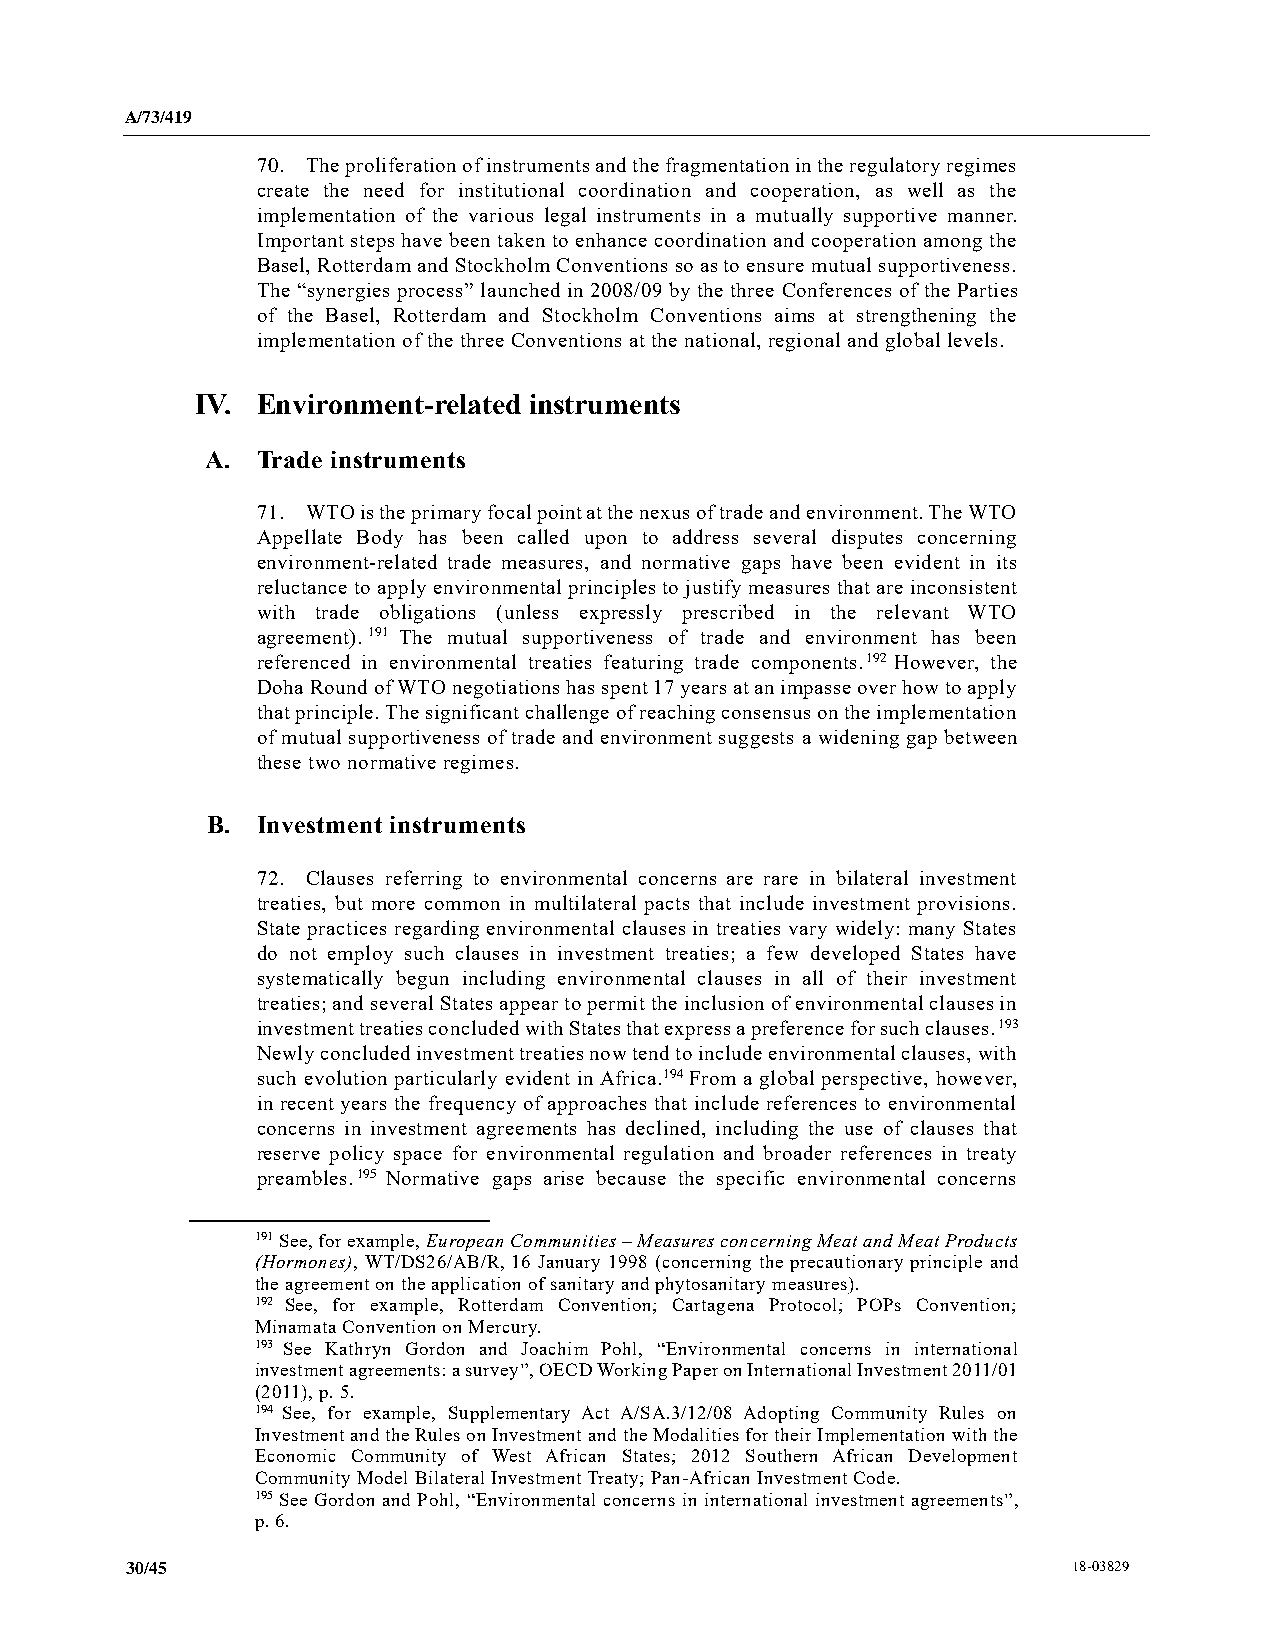
A/73/419
 70. The proliferation of instruments and the fragmentation in the regulatory regimes
 create the need for institutional coordination and cooperation, as well as the
 implementation of the various legal instruments in a mutually supportive manner.
 Important steps have been taken to enhance coordination and cooperation among the
 Basel, Rotterdam and Stockholm Conventions so as to ensure mutual supportiveness.
 The “synergies process” launched in 2008/09 by the three Conferences of the Parties
 of the Basel, Rotterdam and Stockholm Conventions aims at strengthening the
 implementation of the three Conventions at the national, regional and global levels.
 IV. Environment-related instruments
 A. Trade instruments
 71. WTO is the primary focal point at the nexus of trade and environment. The WTO
 Appellate Body has been called upon to address several disputes concerning
 environment-related trade measures, and normative gaps have been evident in its
 reluctance to apply environmental principles to justify measures that are inconsistent
 with trade obligations (unless expressly prescribed in the relevant WTO
 agreement).191 The mutual supportiveness of trade and environment has been
 referenced in environmental treaties featuring trade components.192 However, the
 Doha Round of WTO negotiations has spent 17 years at an impasse over how to apply
 that principle. The significant challenge of reaching consensus on the implementation
 of mutual supportiveness of trade and environment suggests a widening gap between
 these two normative regimes.
 B. Investment instruments
 72. Clauses referring to environmental concerns are rare in bilateral investment
 treaties, but more common in multilateral pacts that include investment provisions.
 State practices regarding environmental clauses in treaties vary widely: many States
 do not employ such clauses in investment treaties; a few developed States have
 systematically begun including environmental clauses in all of their investment
 treaties; and several States appear to permit the inclusion of environmental clauses in
 investment treaties concluded with States that express a preference for such clauses.193
 Newly concluded investment treaties now tend to include environmental clauses, with
 such evolution particularly evident in Africa.194 From a global perspective, however,
 in recent years the frequency of approaches that include references to environmental
 concerns in investment agreements has declined, including the use of clauses that
 reserve policy space for environmental regulation and broader references in treaty
 preambles.195 Normative gaps arise because the specific environmental concerns
 191 See, for example, European Communities – Measures concerning Meat and Meat Products
 (Hormones), WT/DS26/AB/R, 16 January 1998 (concerning the precautionary principle and
 the agreement on the application of sanitary and phytosanitary measures).
 192 See, for example, Rotterdam Convention; Cartagena Protocol; POPs Convention;
 Minamata Convention on Mercury.
 193 See Kathryn Gordon and Joachim Pohl, “Environmental concerns in international
 investment agreements: a survey”, OECD Working Paper on International Investment 2011/01
 (2011), p. 5.
 194 See, for example, Supplementary Act A/SA.3/12/08 Adopting Community Rules on
 Investment and the Rules on Investment and the Modalities for their Implementation with the
 Economic Community of West African States; 2012 Southern African Development
 Community Model Bilateral Investment Treaty; Pan-African Investment Code.
 195 See Gordon and Pohl, “Environmental concerns in international investment agreements”,
 p. 6.
 30/45                                                          18-03829